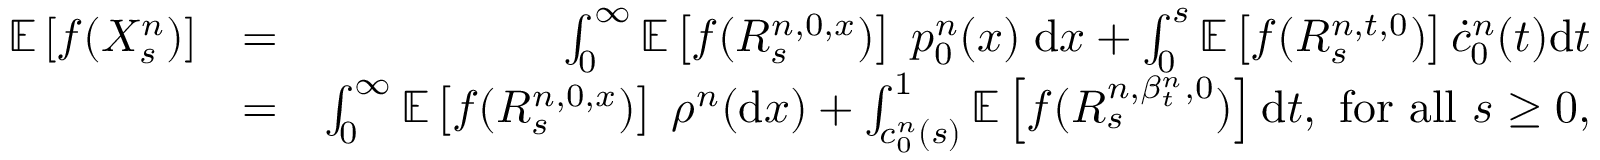
\begin{array} { r l r } { \mathbb { E } \left[ f ( X _ { s } ^ { n } ) \right] } & { = } & { \int _ { 0 } ^ { \infty } \mathbb { E } \left[ f ( R _ { s } ^ { n , 0 , x } ) \right] \; p _ { 0 } ^ { n } ( x ) \; \mathrm { d } x + \int _ { 0 } ^ { s } \mathbb { E } \left[ f ( R _ { s } ^ { n , t , 0 } ) \right] \dot { c } _ { 0 } ^ { n } ( t ) \mathrm { d } t } \\ & { = } & { \int _ { 0 } ^ { \infty } \mathbb { E } \left[ f ( R _ { s } ^ { n , 0 , x } ) \right] \; \rho ^ { n } ( \mathrm { d } x ) + \int _ { c _ { 0 } ^ { n } ( s ) } ^ { 1 } \mathbb { E } \left[ f ( R _ { s } ^ { n , \beta _ { t } ^ { n } , 0 } ) \right] \mathrm { d } t , ~ \mathrm { f o r ~ a l l } ~ s \ge 0 , } \end{array}